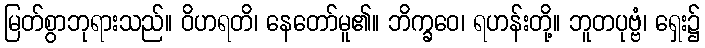
မြတ်စွာဘုရားသည်။ ဝိဟရတိ၊ နေတော်မူ၏။ ဘိက္ခဝေ၊ ရဟန်းတို့။ ဘူတပုဗ္ဗံ၊ ရှေး၌